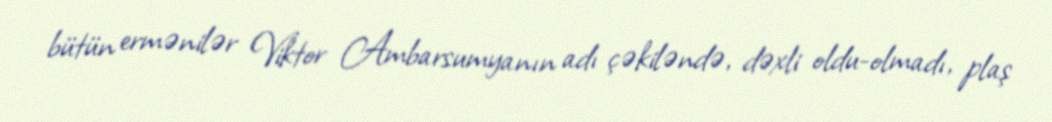
bütün ermənilər Viktor Ambarsumyanın adı çəkiləndə, dəxli oldu-olmadı, plaş